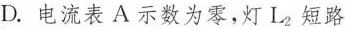
D. 电流表A示数为零，灯L_{2}短路